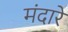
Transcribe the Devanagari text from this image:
मंदारे